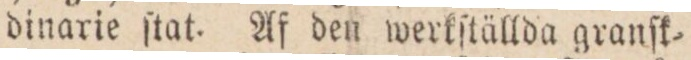
dinarie ſtat. Af den werkſtällda granſk=